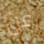
عن